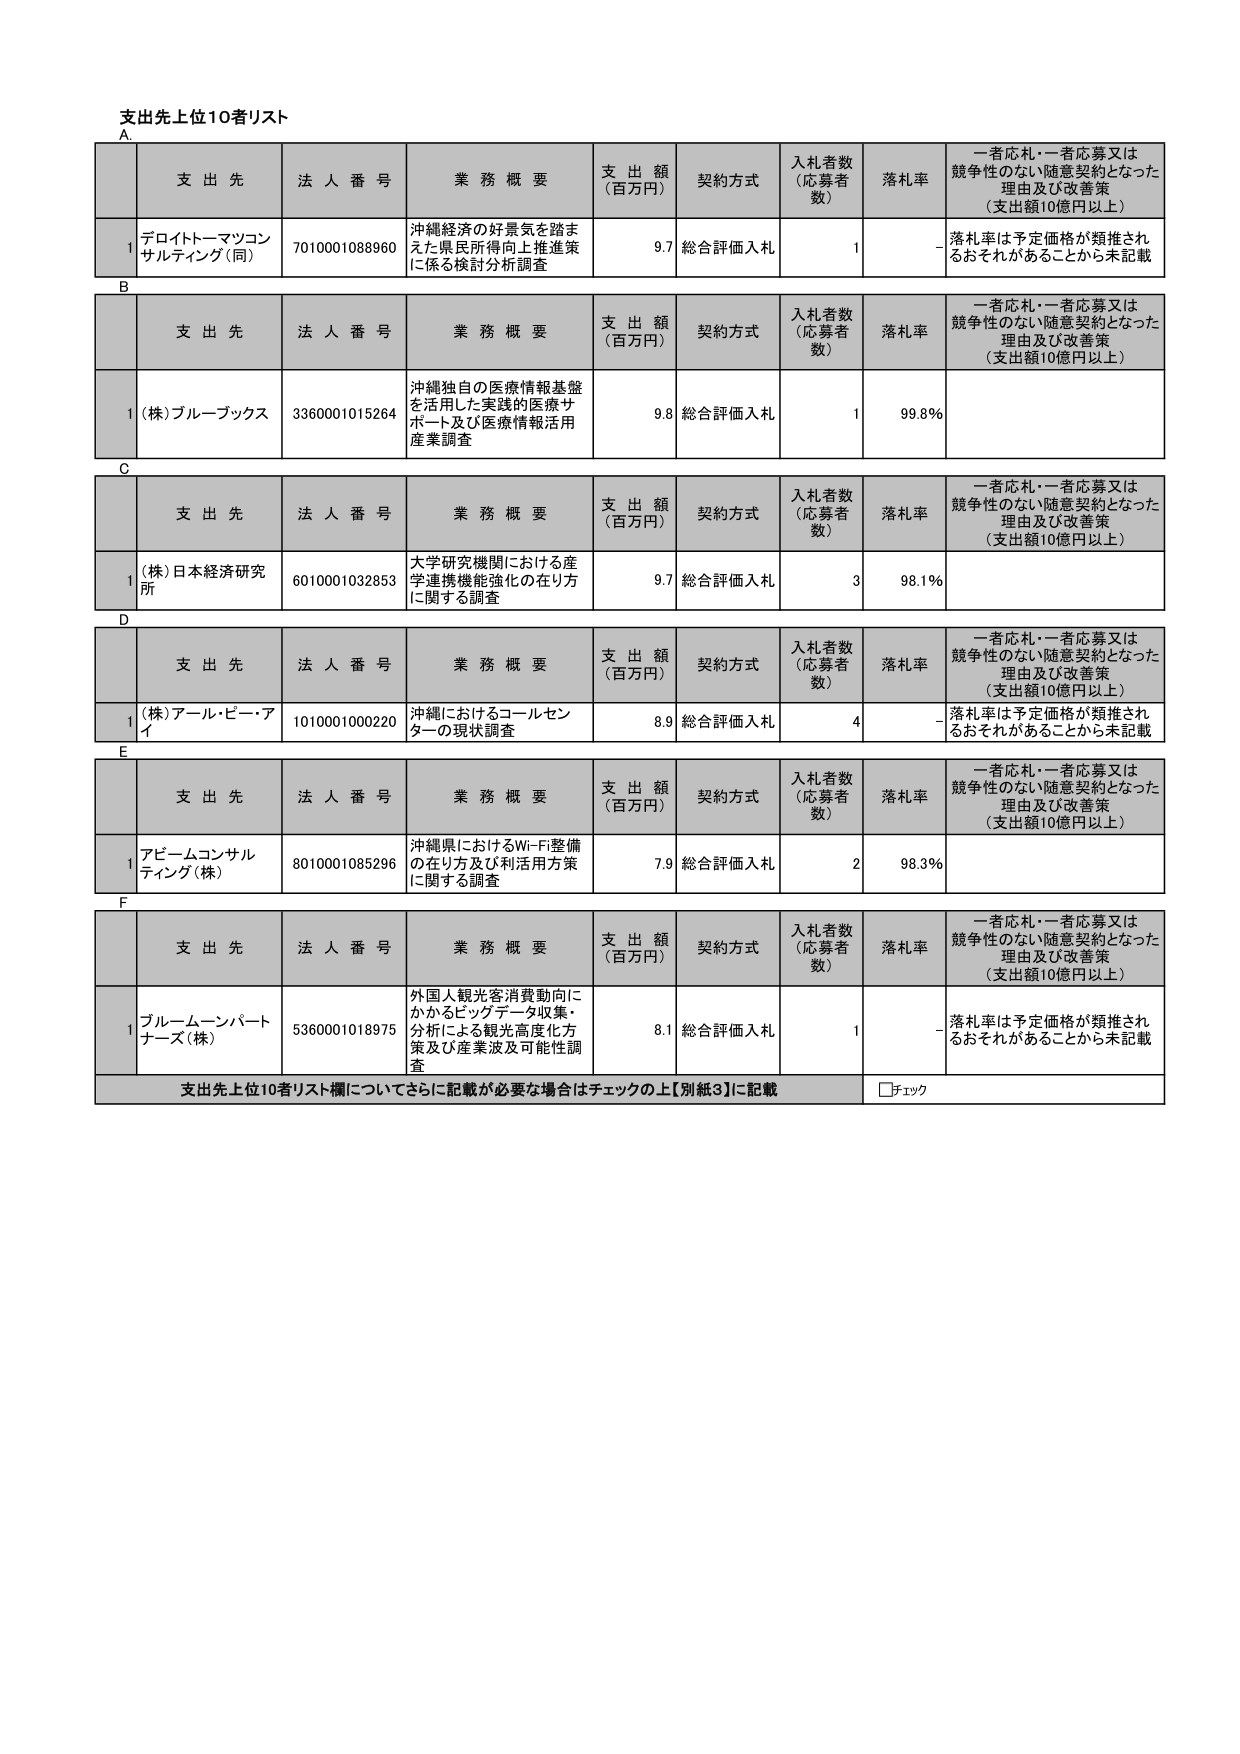
支出先上位10者リスト
A.
支 出 先　　法 人 番 号　　業 務 概 要　　支 出 額（百万円）　　契約方式　　入札者数（応募者数）　　落札率　　一者応札・一者応募又は競争性のない随意契約となった理由及び改善策（支出額10億円以上）
1　デロイトトーマツコンサルティング（同）　7010001088960　沖縄経済の好景気を踏まえた県民所得向上推進策に係る検討分析調査　9.7　総合評価入札　1　-　落札率は予定価格が類推されるおそれがあることから未記載

B
支 出 先　　法 人 番 号　　業 務 概 要　　支 出 額（百万円）　　契約方式　　入札者数（応募者数）　　落札率　　一者応札・一者応募又は競争性のない随意契約となった理由及び改善策（支出額10億円以上）
1　(株)ブルーブックス　3360001015264　沖縄独自の医療情報基盤を活用した実践的医療サポート及び医療情報活用産業調査　9.8　総合評価入札　1　99.8%

C
支 出 先　　法 人 番 号　　業 務 概 要　　支 出 額（百万円）　　契約方式　　入札者数（応募者数）　　落札率　　一者応札・一者応募又は競争性のない随意契約となった理由及び改善策（支出額10億円以上）
1　(株)日本経済研究所　6010001032853　大学研究機関における産学連携機能強化の在り方に関する調査　9.7　総合評価入札　3　98.1%

D
支 出 先　　法 人 番 号　　業 務 概 要　　支 出 額（百万円）　　契約方式　　入札者数（応募者数）　　落札率　　一者応札・一者応募又は競争性のない随意契約となった理由及び改善策（支出額10億円以上）
1　(株)アール・ピー・アイ　1010001000220　沖縄におけるコールセンターの現状調査　8.9　総合評価入札　4　-　落札率は予定価格が類推されるおそれがあることから未記載

E
支 出 先　　法 人 番 号　　業 務 概 要　　支 出 額（百万円）　　契約方式　　入札者数（応募者数）　　落札率　　一者応札・一者応募又は競争性のない随意契約となった理由及び改善策（支出額10億円以上）
1　アピームコンサルティング（株）　8010001085296　沖縄県におけるWi-Fi整備の在り方及び利活用方策に関する調査　7.9　総合評価入札　2　98.3%

F
支 出 先　　法 人 番 号　　業 務 概 要　　支 出 額（百万円）　　契約方式　　入札者数（応募者数）　　落札率　　一者応札・一者応募又は競争性のない随意契約となった理由及び改善策（支出額10億円以上）
1　ブルームーンパートナーズ（株）　5360001018975　外国人観光客消費動向にかかるビッグデータ収集・分析による観光高度化方策及び産業波及可能性調査　8.1　総合評価入札　1　-　落札率は予定価格が類推されるおそれがあることから未記載

支出先上位10者リスト欄についてさらに記載が必要な場合はチェックの上【別紙3】に記載　□チェック